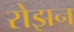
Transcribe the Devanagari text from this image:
रोझन